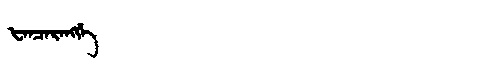
Manchu: ᡶᠠᠨᠴᠠᡵᠠᠩᡤᡝ
Romanization: FANCARANGGE